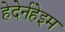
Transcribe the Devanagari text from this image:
हेदेर्नहेइम